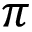
\pi